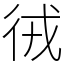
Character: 㣝